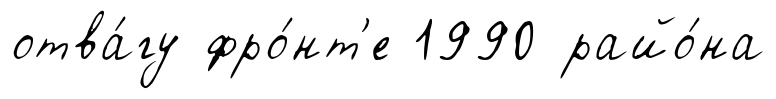
отва́гу фро́нт'е 1990 райо́на